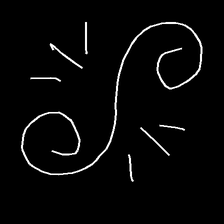
Glyph: wind-directs-air